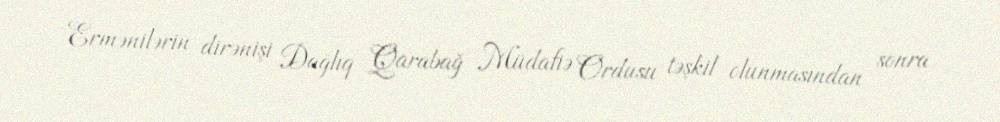
Ermənilərin dirənişi Dağlıq Qarabağ Müdafiə Ordusu təşkil olunmasından sonra